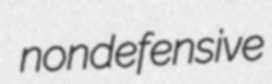
nondefensive